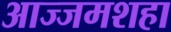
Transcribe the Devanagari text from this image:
आज्जमशहा